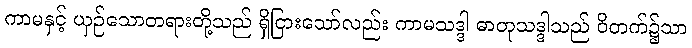
ကာမနှင့် ယှဉ်သောတရားတို့သည် ရှိငြားသော်လည်း ကာမသဒ္ဒါ ဓာတုသဒ္ဒါသည် ဝိတက်၌သာ